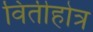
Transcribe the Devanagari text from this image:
वितीहोत्र